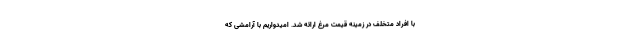
با افراد متخلف در زمینه قیمت مرغ ارائه شد. امیدواریم با آرامشی که